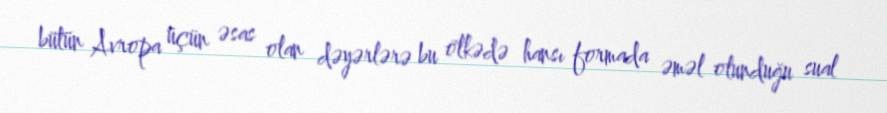
bütün Avropa üçün əsas olan dəyərlərə bu ölkədə hansı formada əməl olunduğu sual